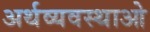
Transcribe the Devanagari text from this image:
अर्थव्यवस्थाओ